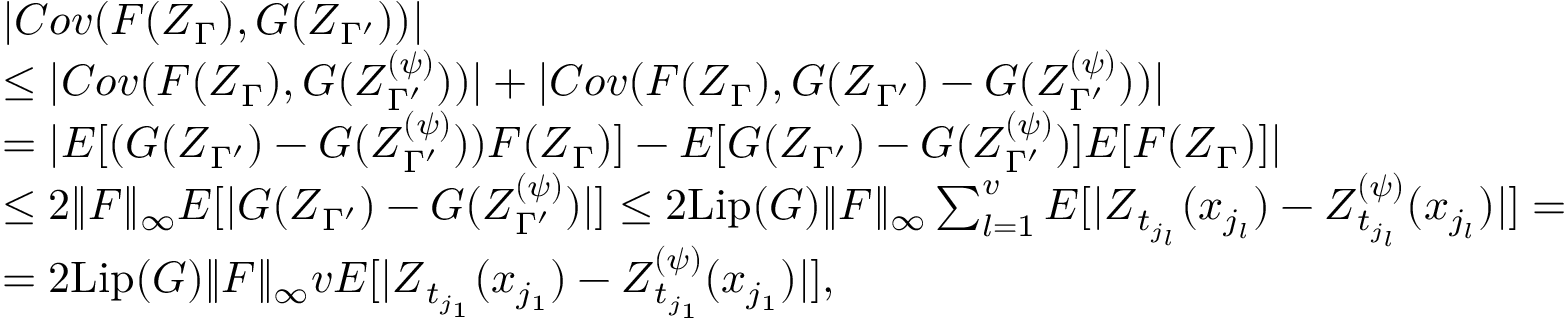
\begin{array} { r } { \begin{array} { r l } & { | C o v ( F ( \boldsymbol { Z } _ { \Gamma } ) , G ( \boldsymbol { Z } _ { \Gamma ^ { \prime } } ) ) | } \\ & { \leq | C o v ( F ( \boldsymbol { Z } _ { \Gamma } ) , G ( \boldsymbol { Z } _ { \Gamma ^ { \prime } } ^ { ( \psi ) } ) ) | + | C o v ( F ( \boldsymbol { Z } _ { \Gamma } ) , G ( \boldsymbol { Z } _ { \Gamma ^ { \prime } } ) - G ( \boldsymbol { Z } _ { \Gamma ^ { \prime } } ^ { ( \psi ) } ) ) | } \\ & { = | E [ ( G ( \boldsymbol { Z } _ { \Gamma ^ { \prime } } ) - G ( \boldsymbol { Z } _ { \Gamma ^ { \prime } } ^ { ( \psi ) } ) ) F ( \boldsymbol { Z } _ { \Gamma } ) ] - E [ G ( \boldsymbol { Z } _ { \Gamma ^ { \prime } } ) - G ( \boldsymbol { Z } _ { \Gamma ^ { \prime } } ^ { ( \psi ) } ) ] E [ F ( \boldsymbol { Z } _ { \Gamma } ) ] | } \\ & { \leq 2 \lVert F \rVert _ { \infty } E [ | G ( \boldsymbol { Z } _ { \Gamma ^ { \prime } } ) - G ( \boldsymbol { Z } _ { \Gamma ^ { \prime } } ^ { ( \psi ) } ) | ] \leq 2 \mathrm { L i p } ( G ) \lVert F \rVert _ { \infty } \sum _ { l = 1 } ^ { v } E [ | \boldsymbol { Z } _ { t _ { j _ { l } } } ( x _ { j _ { l } } ) - \boldsymbol { Z } _ { t _ { j _ { l } } } ^ { ( \psi ) } ( x _ { j _ { l } } ) | ] = } \\ & { = 2 \mathrm { L i p } ( G ) \lVert F \rVert _ { \infty } v E [ | \boldsymbol { Z } _ { t _ { j _ { 1 } } } ( x _ { j _ { 1 } } ) - \boldsymbol { Z } _ { t _ { j _ { 1 } } } ^ { ( \psi ) } ( x _ { j _ { 1 } } ) | ] , } \end{array} } \end{array}